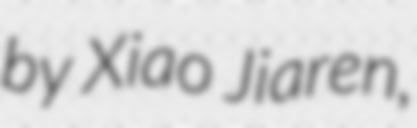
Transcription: by Xiao Jiaren,